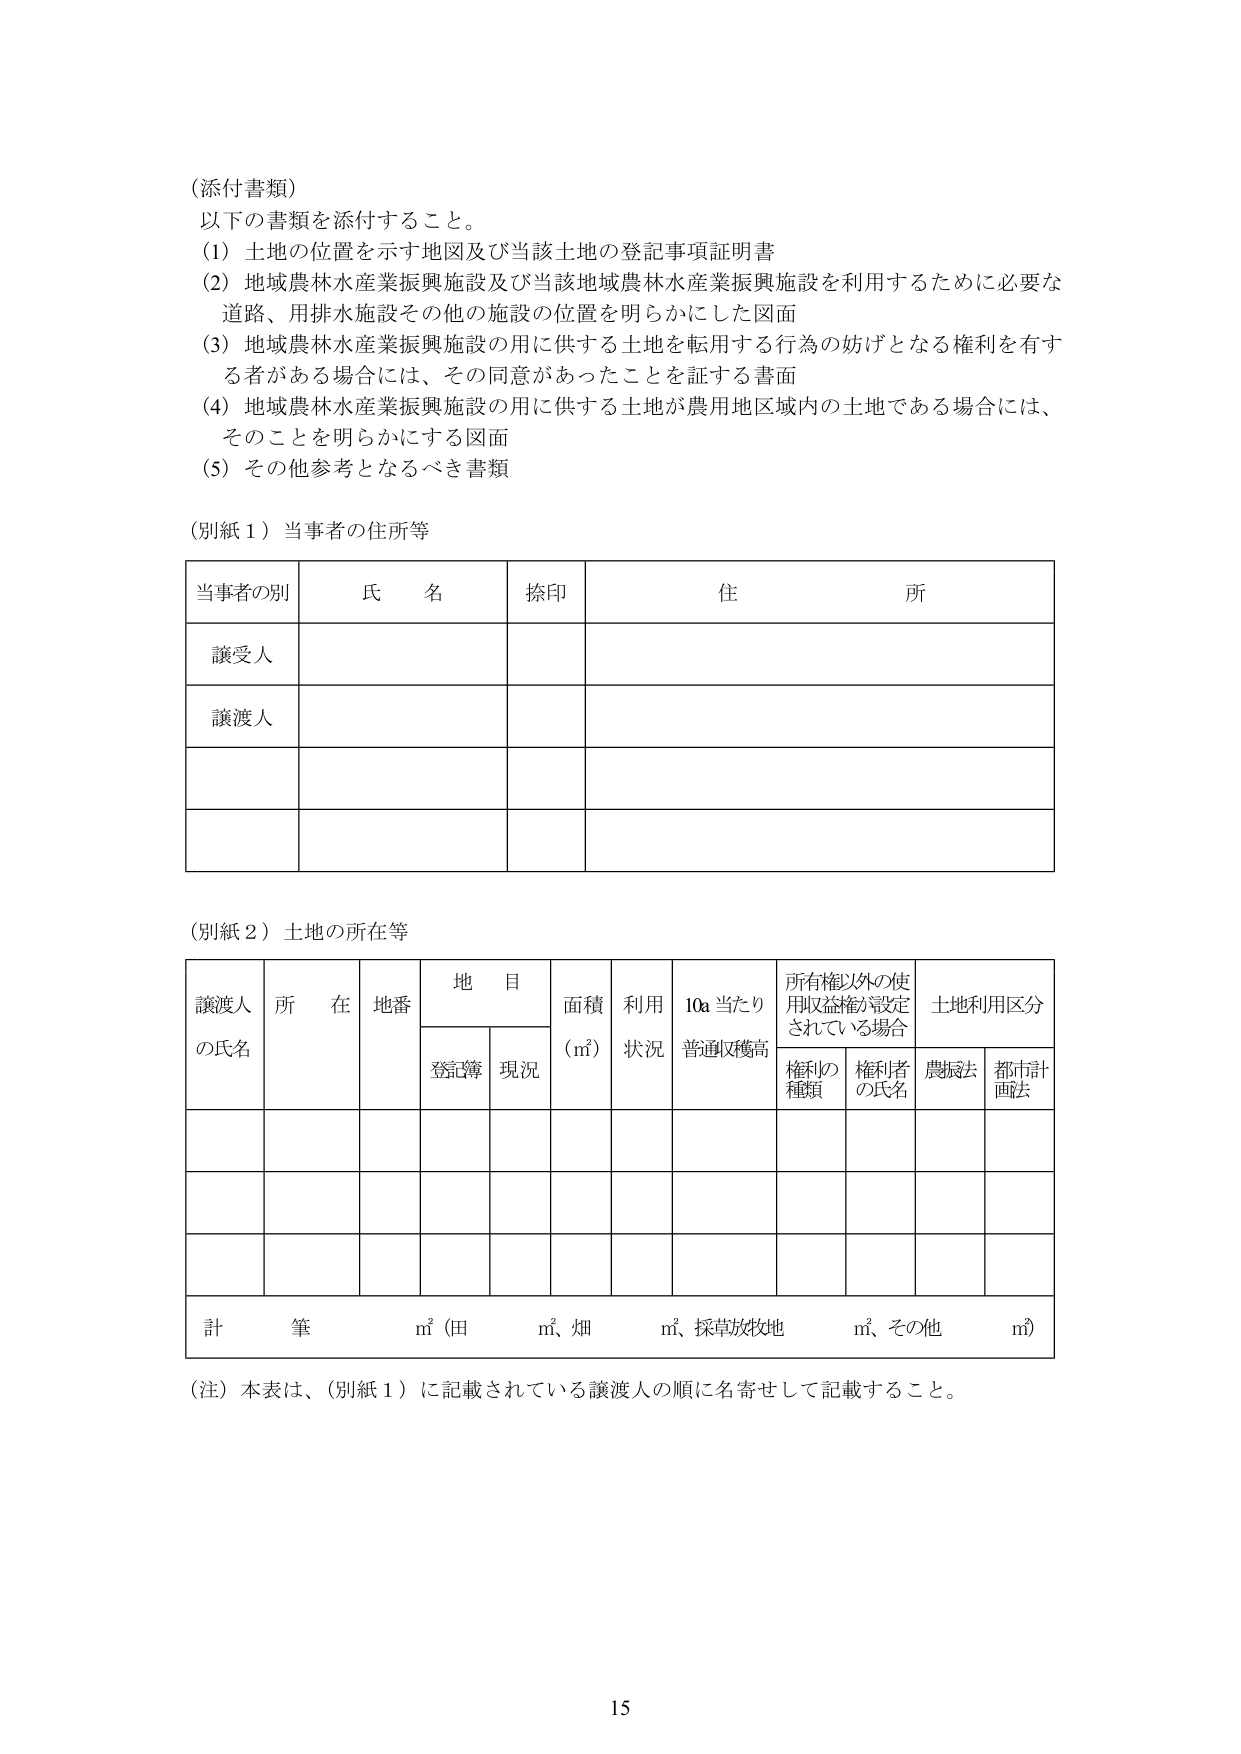
（添付書類）
以下の書類を添付すること。
（1）土地の位置を示す地図及び当該土地の登記事項証明書
（2）地域農林水産業振興施設及び当該地域農林水産業振興施設を利用するため必要な
道路、用排水施設その他の施設の位置を明らかにした図面
（3）地域農林水産業振興施設の用に供する土地を転用する行為の妨げとなる権利を有す
る者がある場合には、その同意があったことを証する書面
（4）地域農林水産業振興施設の用に供する土地が農用地区域内の土地である場合には、
そのことを明らかにする図面
（5）その他参考となるべき書類

（別紙１）当事者の住所等

当事者の別　　氏　名　　捺印　　住　　所
譲受人
譲渡人

（別紙２）土地の所在等

譲渡人の氏名　　所在　　地番　　地目　　面積（㎡）　　利用状況　　10a当たり普通収穫高　　所有権以外の使用収益権が設定されている場合　　土地利用区分
　　　　　　　　　　　　　登記簿　現況